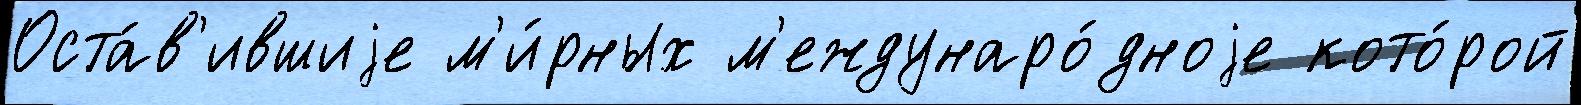
Оста́в'ившиjе м'и́рных м'еждунаро́дноjе кото́рой